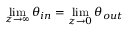
\operatorname* { l i m } _ { z \to \infty } \theta _ { i n } = \operatorname* { l i m } _ { z \to 0 } \theta _ { o u t }